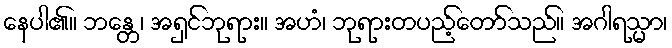
နေပါ၏။ ဘန္တေ၊ အရှင်ဘုရား။ အဟံ၊ ဘုရားတပည့်တော်သည်။ အဂါရသ္မာ၊